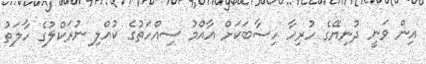
އިން ވަނީ ދުނިޔޭގެ ހުރިހާ ހިސާބަކަށް އާއްމު ސިއްހަތުގެ ކުއްލި ނުރަކްލުގެ ހާލަތު